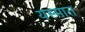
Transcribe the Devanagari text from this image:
यस्मात